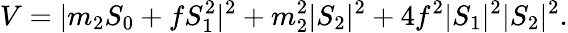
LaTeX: V=|m_{2}S_{0}+fS_{1}^{2}|^{2}+m_{2}^{2}|S_{2}|^{2}+4f^{2}|S_{1}|^{2}|S_{2}|^{2}.